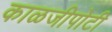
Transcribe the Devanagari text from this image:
काळजीपोटी